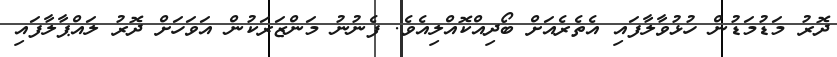
ދޮރު މަޑުމަޑުން ހުޅުވާލާފައި އެތެރެއަށް ބޯދިއްކޮއްލިއެވެ. ފެނުނު މަންޒަރަކުން އަވަހަށް ދޮރު ލައްޕާލާފައި